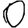
Digit: 0